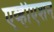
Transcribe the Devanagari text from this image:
एव्हीएशन